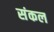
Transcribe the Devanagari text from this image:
संकल